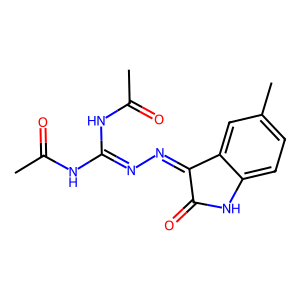
SMILES: CC(=O)NC(=NN=C1C(=O)Nc2ccc(C)cc21)NC(C)=O
Inhibits HIV replication: No